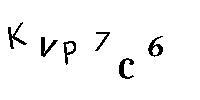
KVP7C6